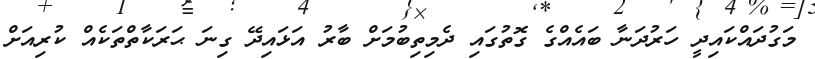
މަގުދައްކައިދީ ހަރުދަނާ ބައެއްގެ ގޮތުގައި ދެމިތިބުމަށް ބާރު އަޅައިދޭ ގިނަ ޙަރަކާތްތަކެއް ކުރިއަށް